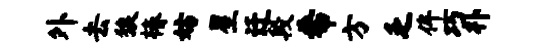
外去狼椿妨星迁段希方乏侔巧朴